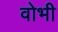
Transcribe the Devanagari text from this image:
वोभी